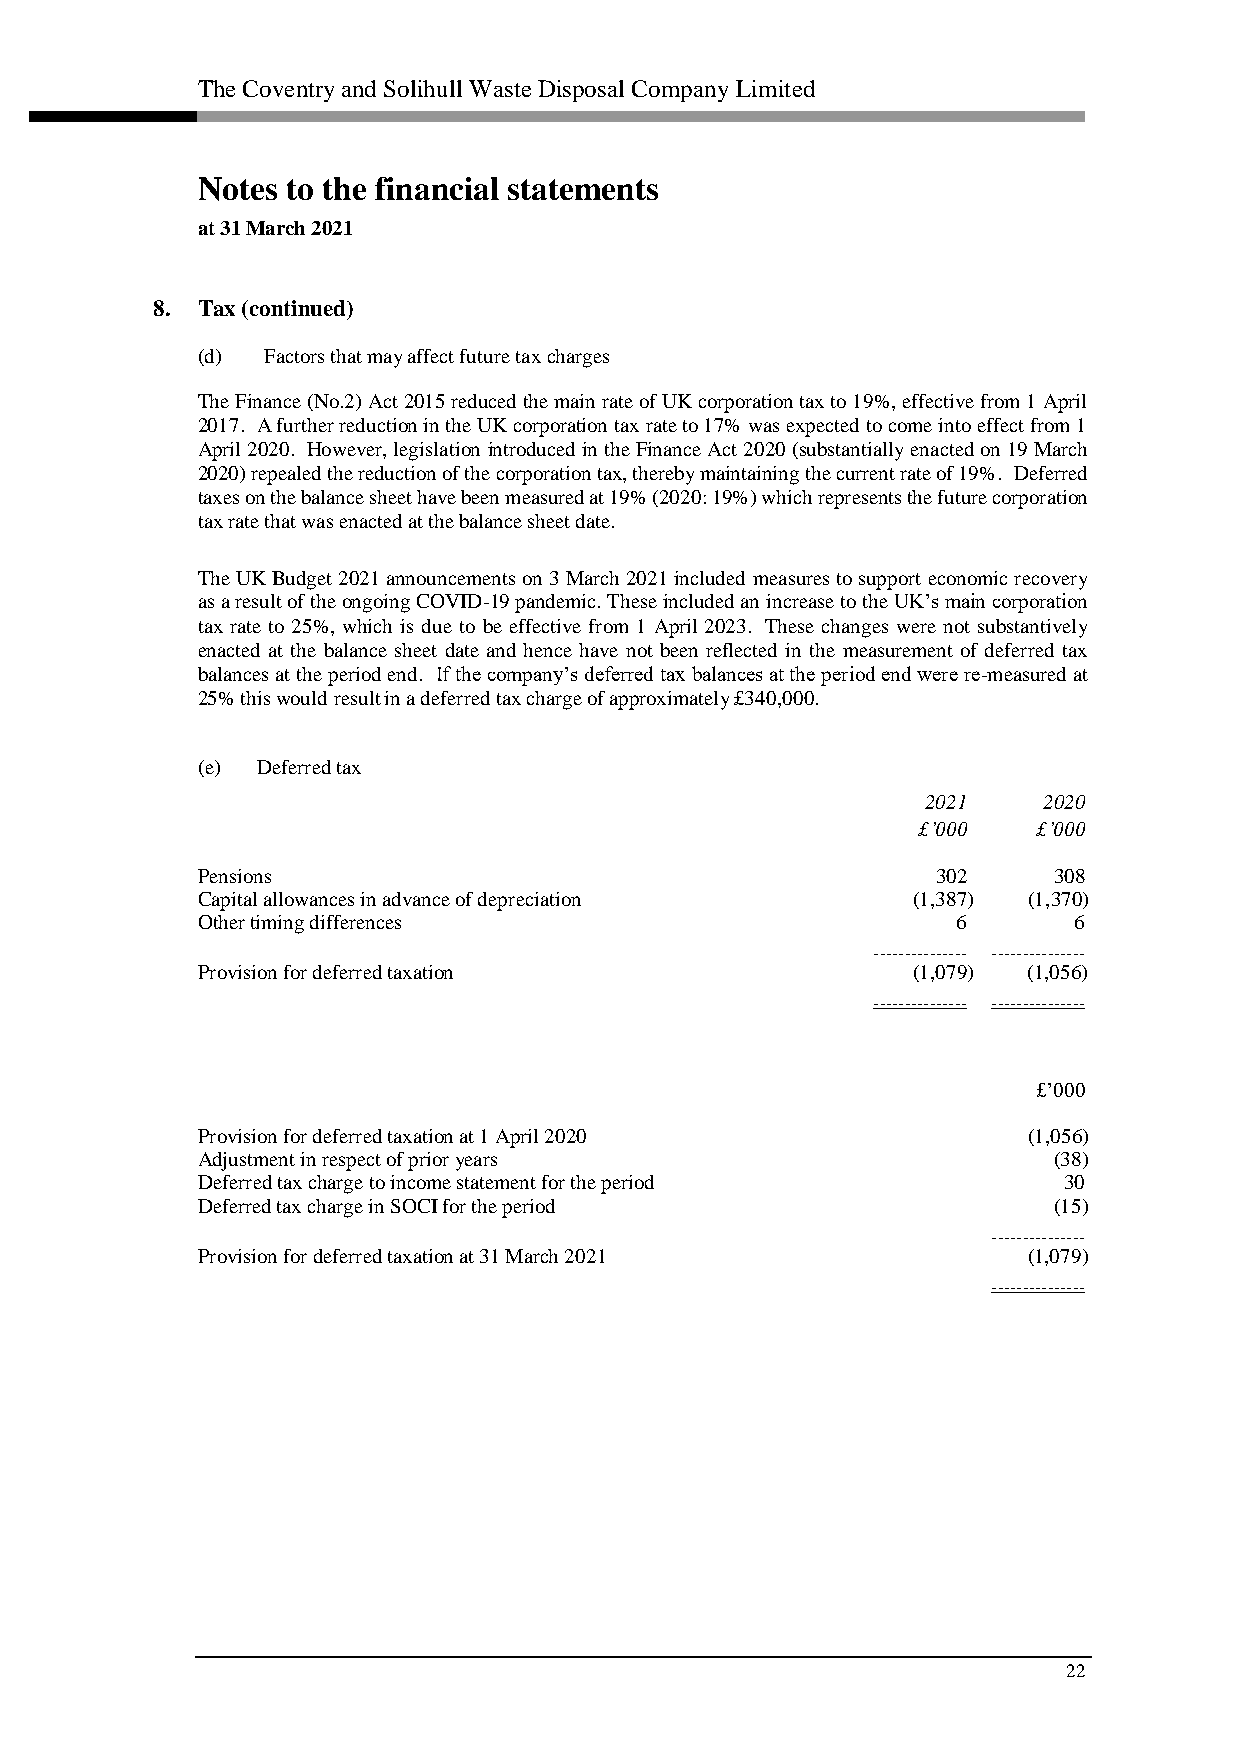
The Coventry and Solihull Waste Disposal Company Limited
 Notes to the financial statements
 at 31 March 2021
 8. Tax (continued)
 (d) Factors that may affect future tax charges
 The Finance (No.2) Act 2015 reduced the main rate of UK corporation tax to 19%, effective from 1 April
 2017. A further reduction in the UK corporation tax rate to 17% was expected to come into effect from 1
 April 2020. However, legislation introduced in the Finance Act 2020 (substantially enacted on 19 March
 2020) repealed the reduction of the corporation tax, thereby maintaining the current rate of 19%. Deferred
 taxes on the balance sheet have been measured at 19% (2020: 19%) which represents the future corporation
 tax rate that was enacted at the balance sheet date.
 The UK Budget 2021 announcements on 3 March 2021 included measures to support economic recovery
 as a result of the ongoing COVID-19 pandemic. These included an increase to the UK’s main corporation
 tax rate to 25%, which is due to be effective from 1 April 2023. These changes were not substantively
 enacted at the balance sheet date and hence have not been reflected in the measurement of deferred tax
 balances at the period end. If the company’s deferred tax balances at the period end were re-measured at
 25% this would result in a deferred tax charge of approximately £340,000.
 (e) Deferred tax
 2021    2020
 £’000   £’000
 Pensions                                         302     308
 Capital allowances in advance of depreciation  (1,387) (1,370)
 Other timing differences                          6       6
 ––––––––––––––– –––––––––––––––
 Provision for deferred taxation                (1,079) (1,056)
 ––––––––––––––– –––––––––––––––
 £’000
 Provision for deferred taxation at 1 April 2020        (1,056)
 Adjustment in respect of prior years                     (38)
 Deferred tax charge to income statement for the period   30
 Deferred tax charge in SOCI for the period               (15)
 –––––––––––––––
 Provision for deferred taxation at 31 March 2021       (1,079)
 –––––––––––––––
 22